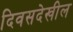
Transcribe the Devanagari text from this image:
दिवसदेखील